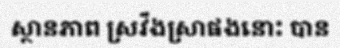
ស្ថានភាព ស្រវឹងស្រាផងនោះ បាន